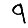
Digit: 9